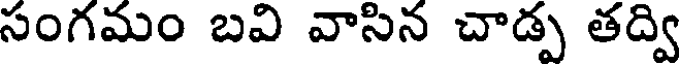
సంగమం బవి వాసిన చాడ్ప తద్వి